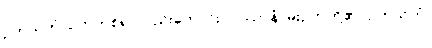
ဥတုသတံ၊ ဥတုတစ်ရာလည်းကောင်း။ ဝဿာနံ၊ မိုးဥတုတို့၏။ ဥတုသတံ၊